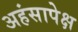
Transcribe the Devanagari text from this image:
अहंसापेक्ष